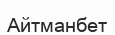
Айтманбет